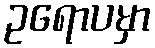
ဥရောပမှာ